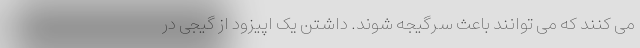
می کنند که می توانند باعث سرگیجه شوند. داشتن یک اپیزود از گیجی در